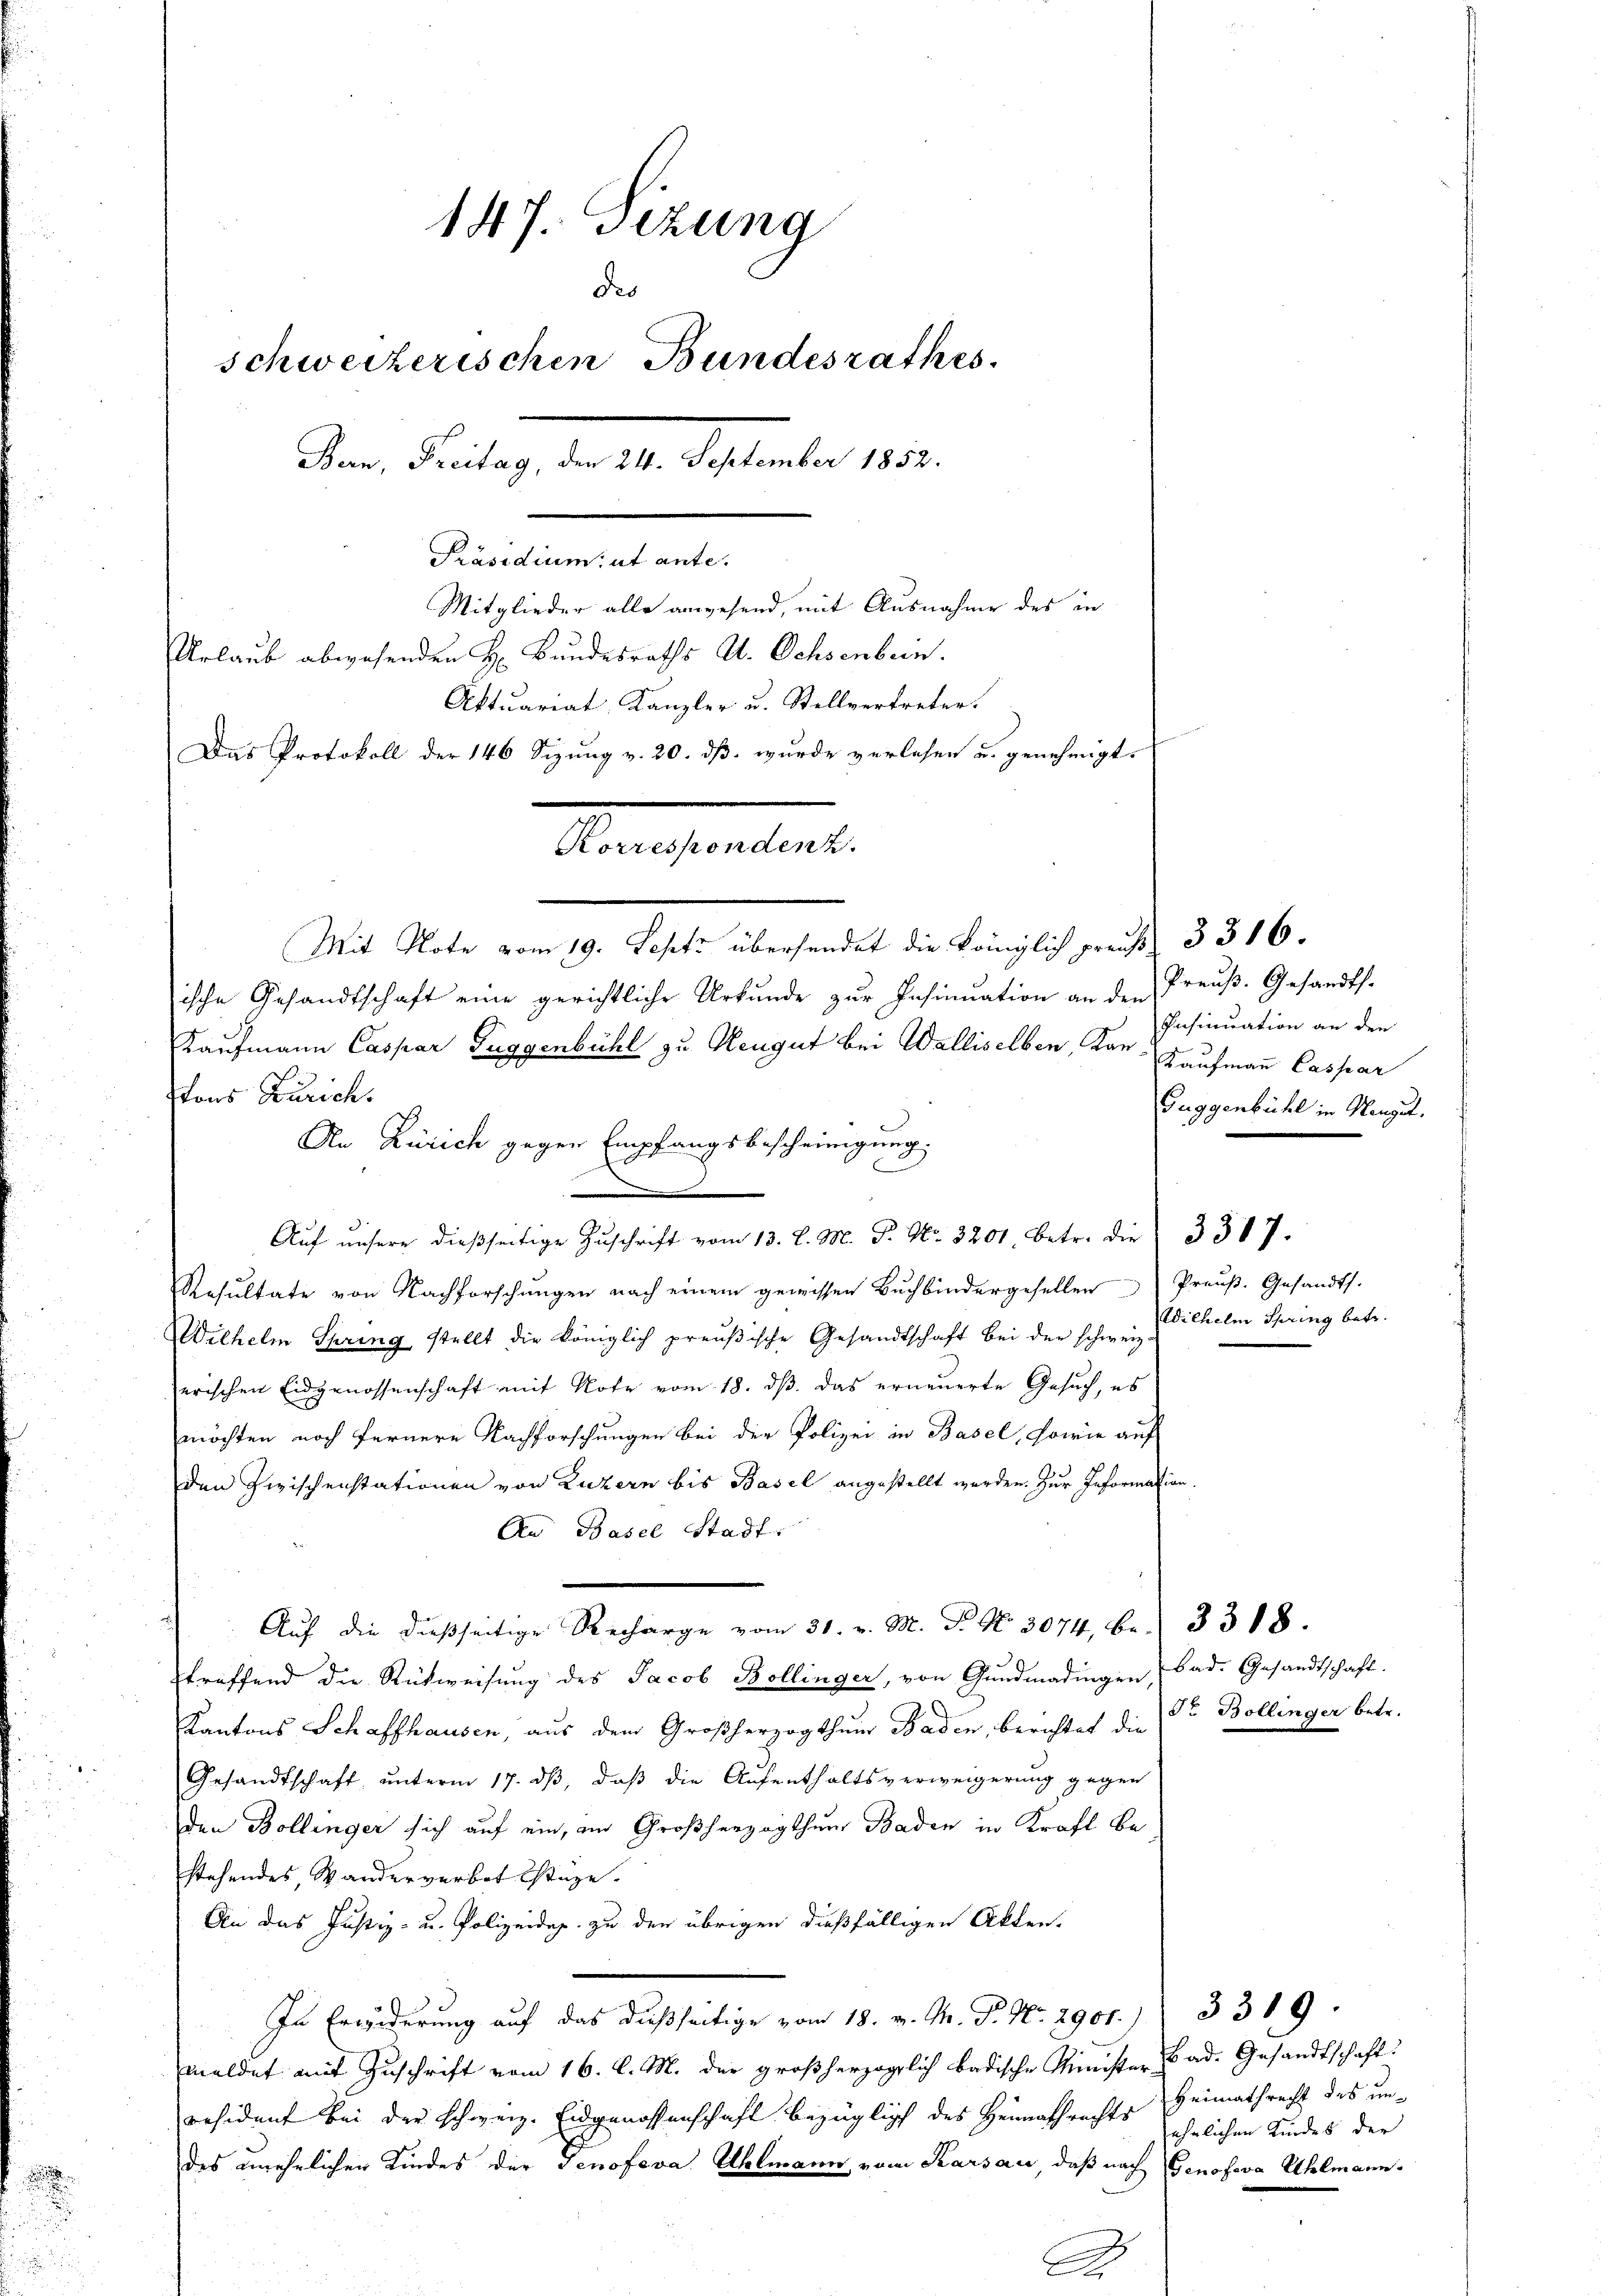
.

147. Sizung
de
schweizerischen Bundesrathes.
Bern, Freitag, den 24. September 1852.
Präsidium, ut ante.
Mitglieder alle anwesend, mit Ausnahme des in
Urlaub abwesenden H. Bundesraths A. Ochsenbern.
Aktuariat, Kanzler u. Stellvertreter.
Das Protokoll der 146 Sizung v. 20. dß wurde verlesen u. genehmigt.
Korresponden z.
Mit Note vom 19. Septz übersendet die Königlich preuß. 3316.
ische Gesandtschaft eine gerichtliche Urkunde zur Insinuation an den
Kaufmann Caspar Fuggenbühl zu Neugut bei Walliselben, Kan Kaufmann Caspar

tons Zürich.
.
Auf unsere dießseitige Zuschrift vom 13. l. M. P. No. 3201 betr. die
Resultate von Nachforschungen nach einem gewissen Buchbindergesellen Preuß. Gesandts.
Wilhelm Spring stellt die Königlich preußische Gesandtschaft bei der schwei Wilhelm Spring betr.
erischen Eidgenossenschaft mit Note vom 18. ds. das erneuerte Gesuch, es
möchten noch fernere Nachforschungen bei der Polizei in Basel, sowie auf
den zwischenstationen von Luzern bis Basel angestellt werden. Zur Information,
An Basel Stadt.
Auf die dießseitige Recharge vom 31. v. M. P. Nr. 3074, Fr. 3318.
treffend die Rückweisung des Jacob Bollinger, von Gundmadingen (Bad. Gesandtschaft.
Kantons Schaffhausen, aus dem Großherzogthum Baden, berichtet die Dr. Bollinger betr.
Gesandtschaft ŭnterm 17. dβ, daβ die Aŭfenthaltsverweigerŭng gegen
den Bollinger sich auf ein, im Großherzogthum Baden in Kraft Bestehendes, Wanderverbot stüze.
An das Justiz- u. Polizeidig zu der übrigen dießfälligen Akten.
In Erwiderung auf das dießseitige vom 18. v. M. P. Nr. 2901. 3319.
meldet mit Zuschrift vom 16. l. M. der großherzoglich badische Minister Bad. Gesandtschaft
resident bei der schweiz. Eidgenossenschaft bezüglich des Heimathrechts
des einehelichen Kindes der Senofova Uhlmann vom Karsau, daß nach Genofova Uhlmann¬

An Zürich gegen Empfangsbescheinigung.

Preuß. Gesandts.
Insinuation an den
Guggenbühl in Mengut.

3317.

Heimathrecht des unehrlichen Kindes der